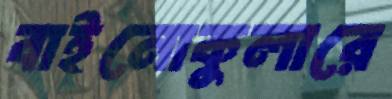
বাইনোকুলারে